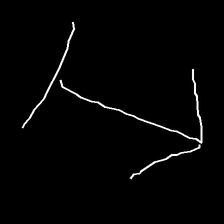
Glyph: levitation